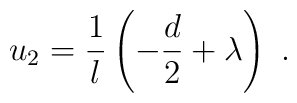
u_2 = \frac1l \left(-\frac{d}2 +\lambda \right)~.